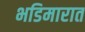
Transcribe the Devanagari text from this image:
भडिमारात